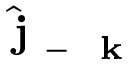
\hat { \mathrm { ~ \bf ~ j ~ } } _ { - \mathrm { ~ \bf ~ k ~ } }